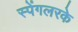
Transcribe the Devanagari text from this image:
स्पेंगलरके